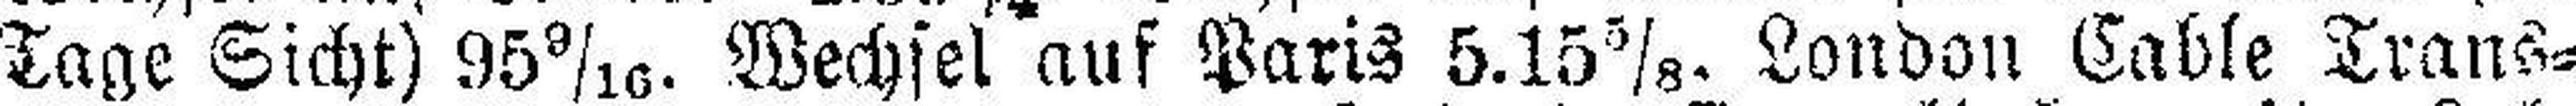
Tage Sicht) 95 9/10. Wechsel auf Paris 5.15⅝. London Cable Trans¬